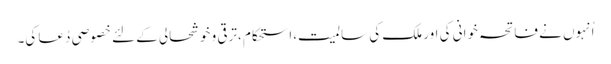
اُنہوں نے فاتحہ خوانی کی اور ملک کی سالمیت،استحکام ،ترقی و خوشحالی کے لئے خصوصی دُعا کی۔